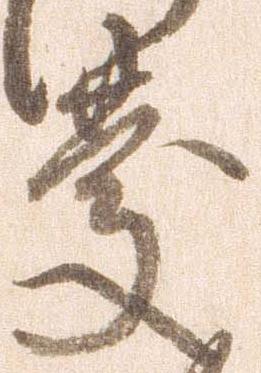
慶